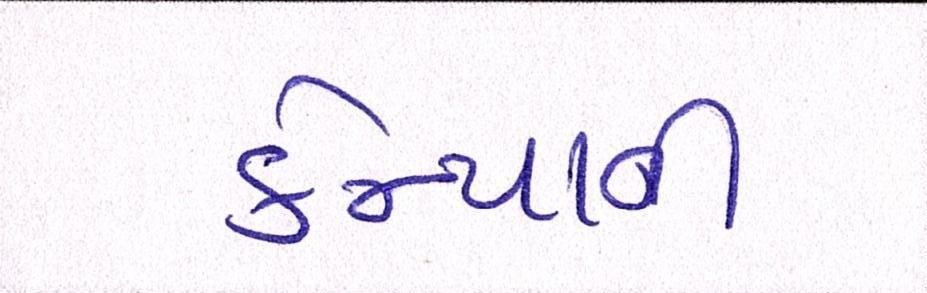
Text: કેન્યાની